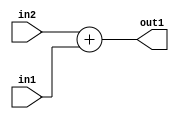
`timescale 1ps / 1ps
/*****************************************************************************
    Verilog RTL Description
    
    
    Created by: Stratus DpOpt 2019.1.01 
*******************************************************************************/

module st_weight_addr_gen_Add_33Sx32U_33S_4_4 (
	in2,
	in1,
	out1
	); /* architecture "behavioural" */ 
input [32:0] in2;
input [31:0] in1;
output [32:0] out1;
wire [32:0] asc001;

assign asc001 = 
	+(in2)
	+(in1);

assign out1 = asc001;
endmodule

/* CADENCE  ubTzSQo= : u9/ySgnWtBlWxVPRXgAZ4Og= ** DO NOT EDIT THIS LINE ******/